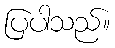
ပြပါသည်။